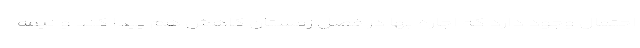
احتمال وجود دارد که اجاره بها در فصل زمستان کاهش هم پیدا کند و نیمه